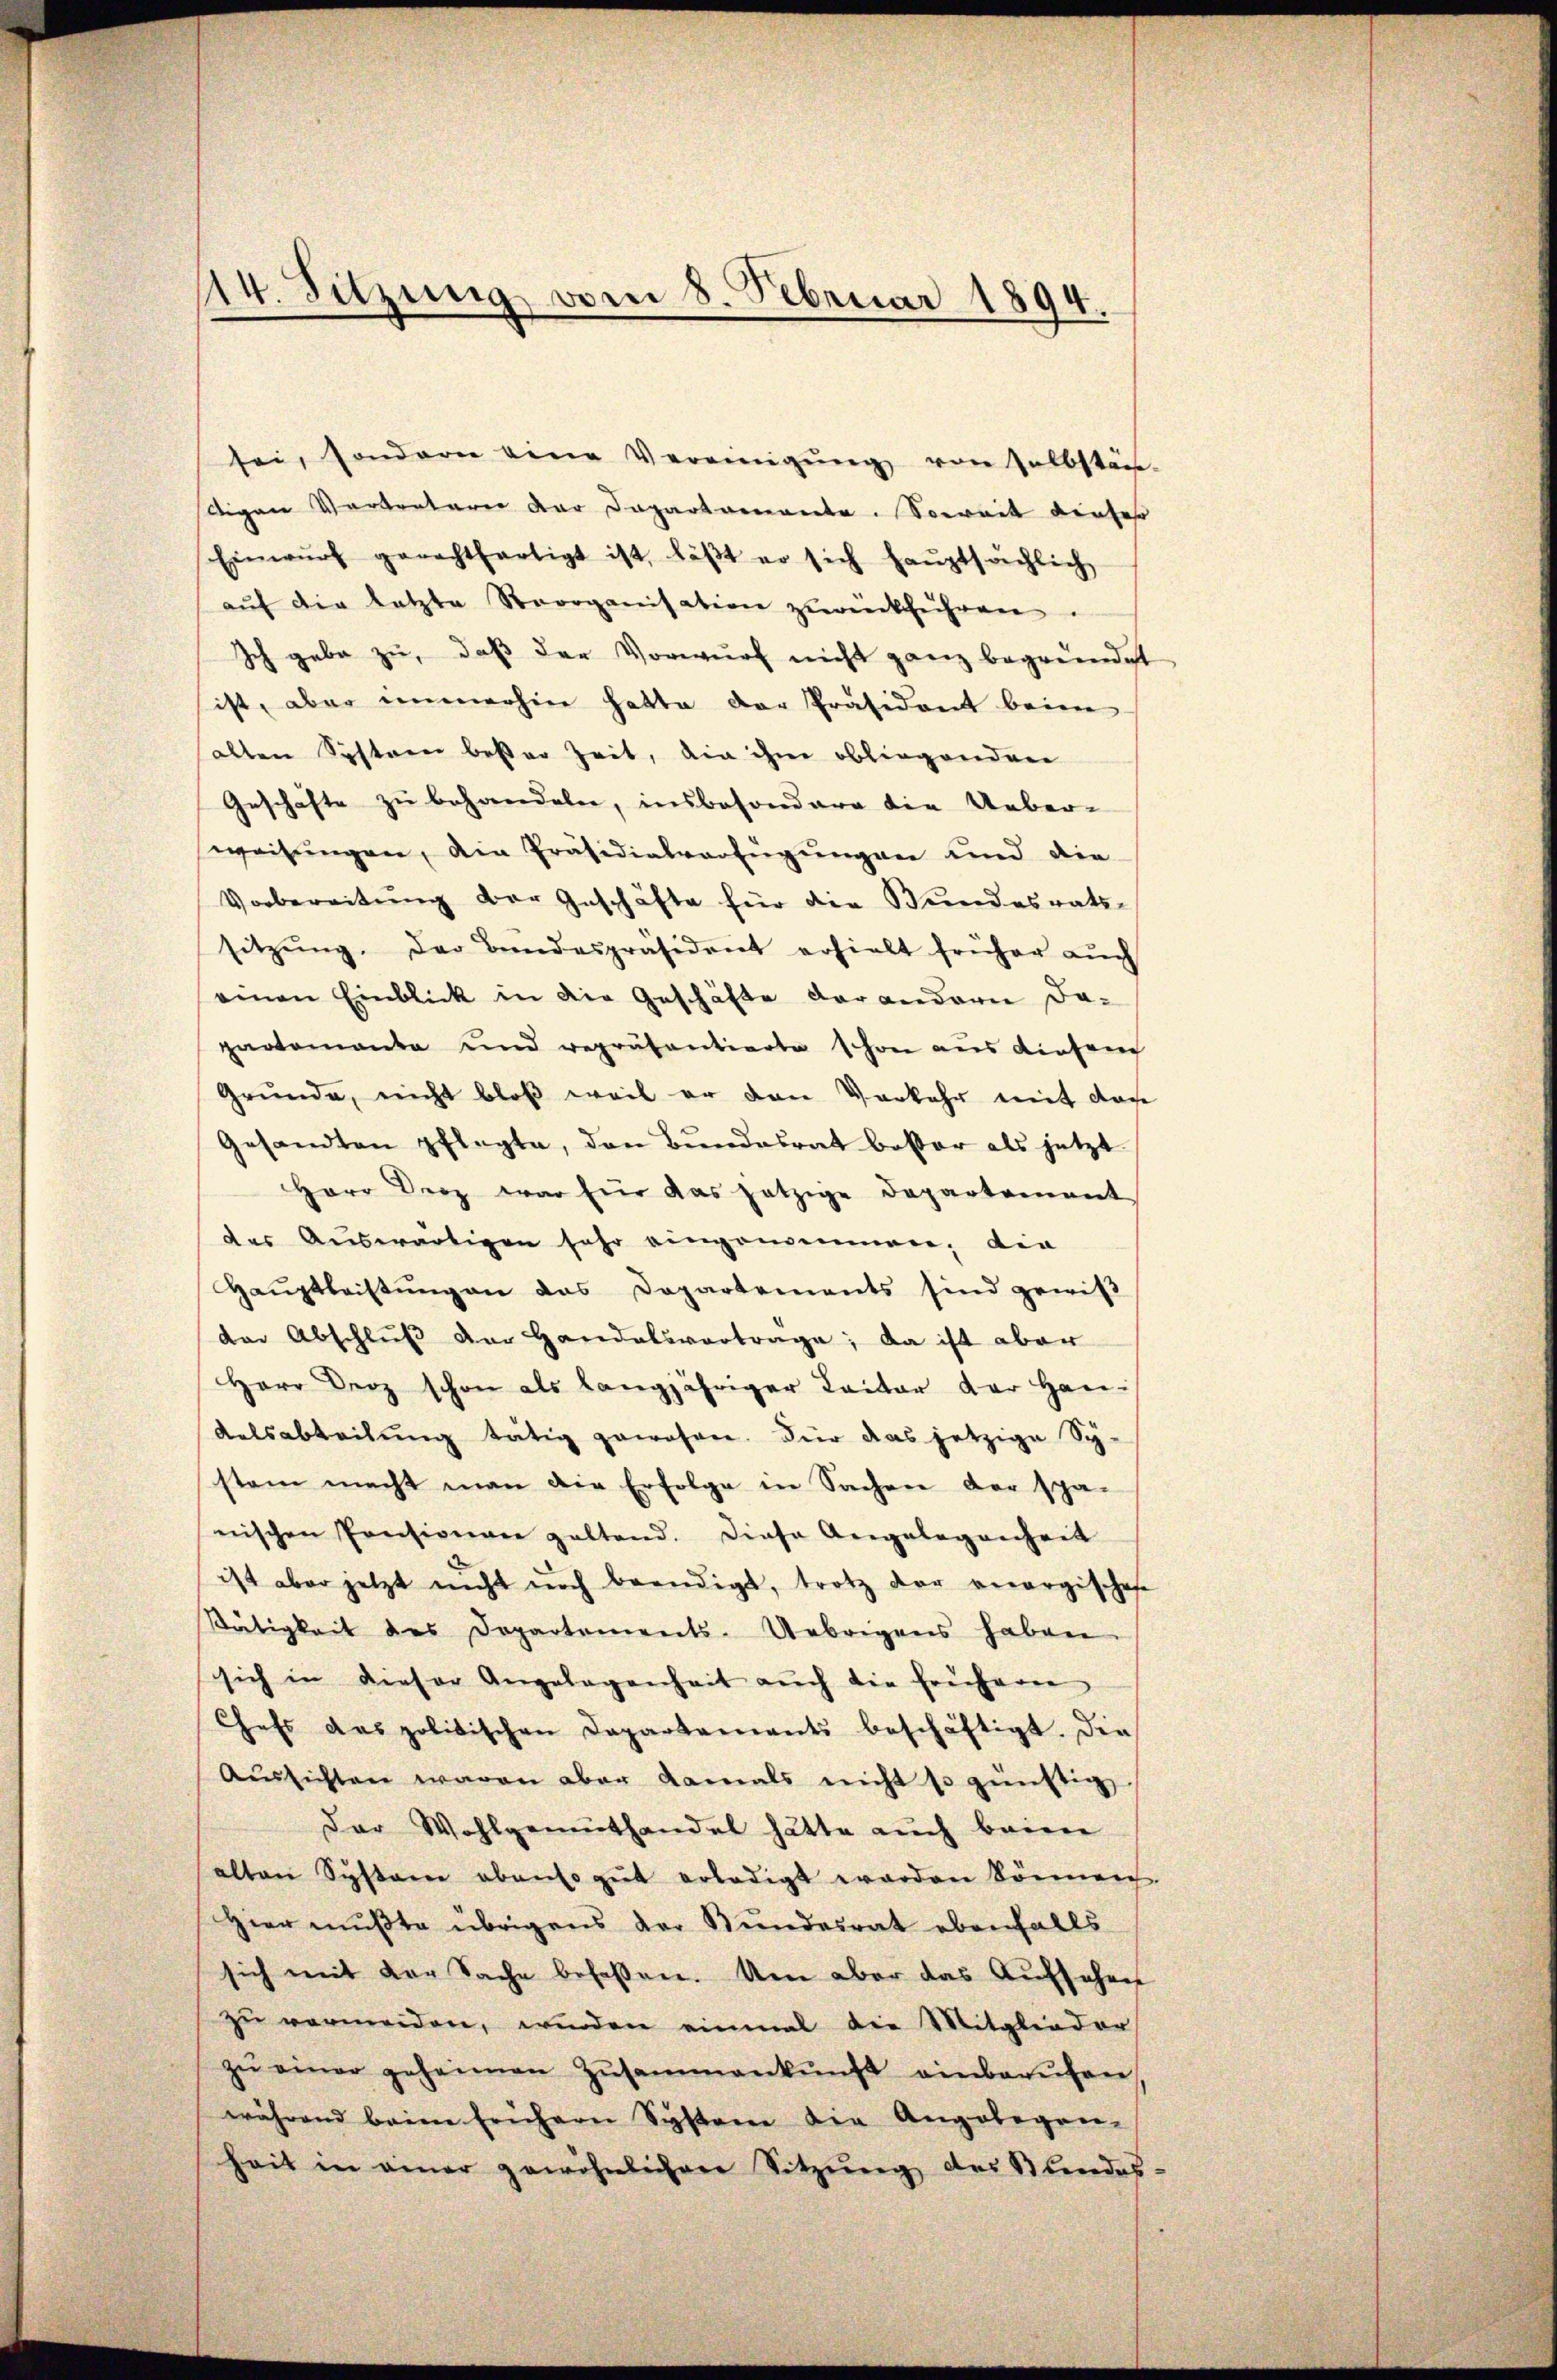
sei, sondern eine Vereinigŭng von selbstän-
Aigen Vertreterer der Departemente. Soweit dieses
Einwŭrf gerechtfertigt ist, läβt er sich haŭptsächlich
aŭf die letzte Strorganisation zŭrückführen.
Ich gebe zu, daß der Vorwurf nicht ganz begründet
ist, aber immerhin hatte der Präsident beim
allen Systeen besser Zeit, die ihme obliegendere
Geschäfte zu behandeln, insbesondere die Ueber-
weisungen, die Präsidialverfügungen und die
Vorbereitŭng der Geschäfte für die Bundesrats-
sitzŭng. Der Bandespräsident erhielt früher aŭch
einen Einblick in die Geschäfte der andern da-
pactomanta und repräsentierte schon aus diesen
Gründe, nicht bloβ weil er den Vorkehr mit den
Gesandten pflegte, den Bundesrat besser als jetzt
Herr Derz war für das jetzige Departement
des Auswärtigen sehr eingenommen; die
Haŭptleistŭng an das Departements sind gewiß
dar Abschlŭβ der Handelsvortrage; da ist aber
Herr Droz schon als langjähriger Laitar der Han¬
Kalsabteilung tätig gewohren. Für das jetzige Sy-
stem macht man die Erfolge in Sachen der spä-
nischen Pensionen geltend. Diese Angelegenheit
ist aber jetzt nicht noch beendigt, trotz der energischehe
Stätigkeit des Departements-Uebrigens haben
sich in dieser Angelegenheit auch die Freiharen
Chefs das politischen Departements beschäftigt. Die
Aŭssichten waren aber damals nicht so günstig,
Dar Wohlgemüthandel hätte aŭch baier
alten Systeme abenso gut erledigt worden können.
Hier mußte übrigens der Bundesrat ebenfalls
sich mit der Sache befassen. Um aber das Aufsehen
zu vermeiden, wurden einmal die Mitglieder
zŭ einer geheimen Zŭsammenkŭnft einbarŭfen
während beim frühern Systeme die Angelegen-
heit in einer gewöhnlichen Sitzŭng des Standes

14. Sitzung vom 8. Februar 1894.